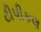
ટીપીકલ